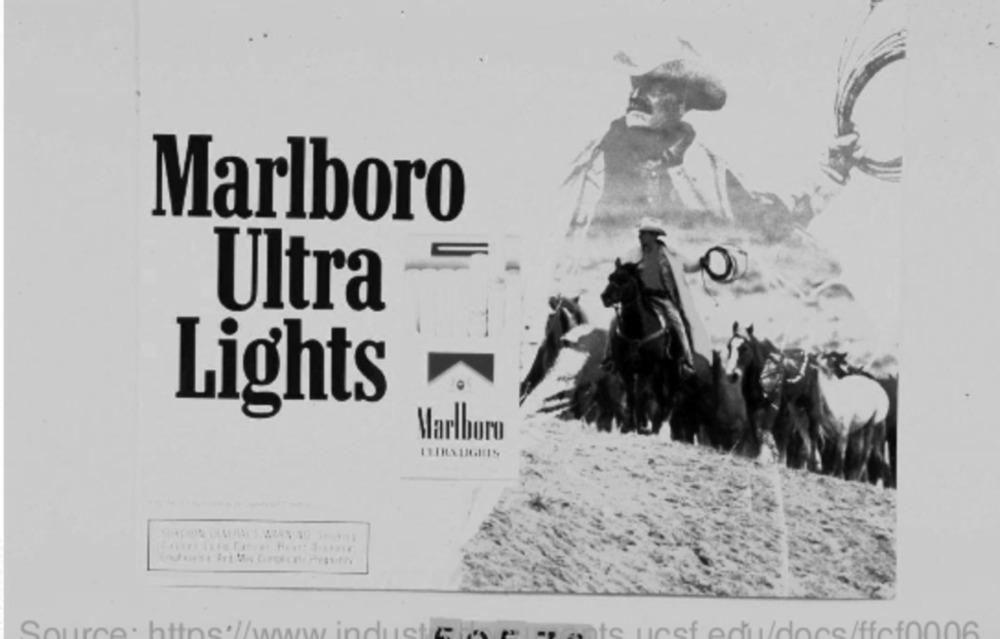
Marlboro
Ultra
Lights
Marlboro
LEIRA UGHIS
uforst irt
Source: https://www.inductie